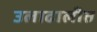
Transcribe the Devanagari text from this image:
उलाढालीत